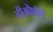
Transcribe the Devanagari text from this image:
डीओपीई